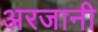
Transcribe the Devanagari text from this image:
अरजानी